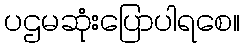
ပဌမဆုံးပြောပါရစေ။